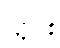
သိုင်း